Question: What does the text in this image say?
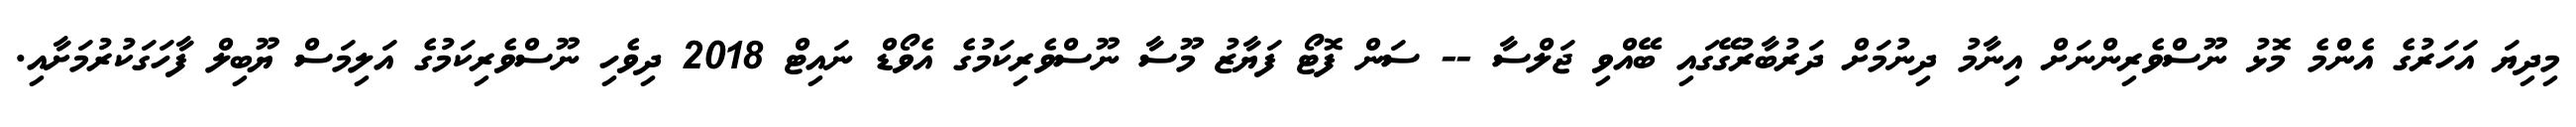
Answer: މިދިޔަ އަހަރުގެ އެންމެ މޮޅު ނޫސްވެރިންނަށް އިނާމު ދިނުމަށް ދަރުބާރުގޭގައި ބޭއްވި ޖަލްސާ -- ސަން ފޮޓޯ ފަޔާޒު މޫސާ ނޫސްވެރިކަމުގެ އެވޯޑް ނައިޓް 2018 ދިވެހި ނޫސްވެރިކަމުގެ އަލިމަސް ޔޫބިލް ފާހަގަކުރުމަށާއި.